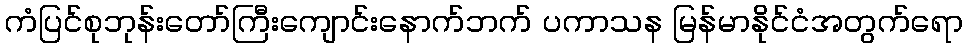
ကံပြင်စုဘုန်းတော်ကြီးကျောင်းနောက်ဘက် ပကာသန မြန်မာနိုင်ငံအတွက်ရော